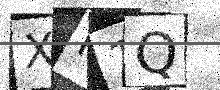
Text: XK1Q